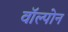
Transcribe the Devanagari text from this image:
वॉल्पोन